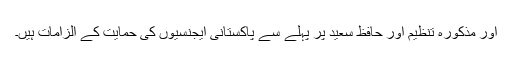
اور مذکورہ تنظیم اور حافظ سعید پر پہلے سے پاکستانی ایجنسیوں کی حمایت کے الزامات ہیں۔